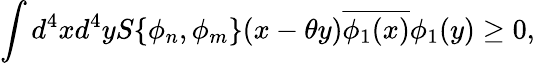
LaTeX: \int d^{4}xd^{4}yS\{ \phi_{n},\phi_{m}\} (x-\theta y)\overline{{{\phi_{1}(x)}}}\phi_{1}(y)\geq 0,